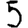
Digit: 5